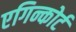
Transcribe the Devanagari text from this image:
एगिन्कोर्ट